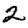
Digit: 2